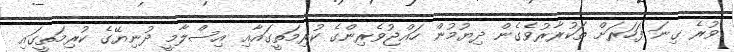
ވުރެ ގިނަ ފަހަރަށް ތަކުރާރުވެގެން ދިޔުމުން ހައްޖުވެރިންގެ ކުރިމަތީގައާއި އިސްލާމީ ދުނިޔޭގެ ކުރިމަތީގައި